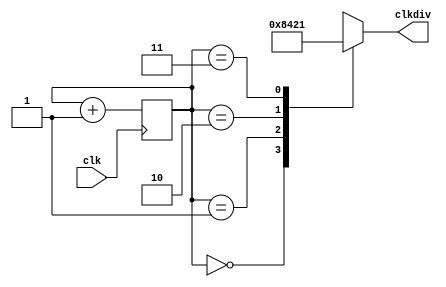
`timescale 1ns / 1ps
//////////////////////////////////////////////////////////////////////////////////
// Company: 
// Engineer: 
// 
// Design Name: 
// Module Name: test_194
// Project Name: 
// Target Devices: 
// Tool Versions: 
// Description: 
// 
// Dependencies: 
// 
// Revision:
// Revision 0.01 - File Created
// Additional Comments:
// 
//////////////////////////////////////////////////////////////////////////////////


module test_194(

    input wire clk,
    output reg [3:0] clkdiv
    );

        
     reg [1:0] s=0;

    always @(posedge clk)
    begin
            s <= s + 1;
            
    end
    
    always @(*)
    begin
        case(s)
            0: clkdiv <= 4'b1000;
            1: clkdiv <= 4'b0100;
            2: clkdiv <= 4'b0010;
            3: clkdiv <= 4'b0001;
            default: clkdiv <= 4'b0000;
        endcase
    end
endmodule